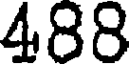
488